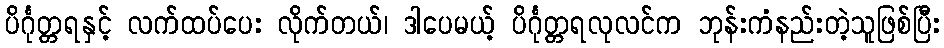
ပိင်္ဂုတ္တရနှင့် လက်ထပ်ပေး လိုက်တယ်၊ ဒါပေမယ့် ပိင်္ဂုတ္တရလုလင်က ဘုန်းကံနည်းတဲ့သူဖြစ်ပြီး